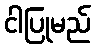
ငါပြုမည်